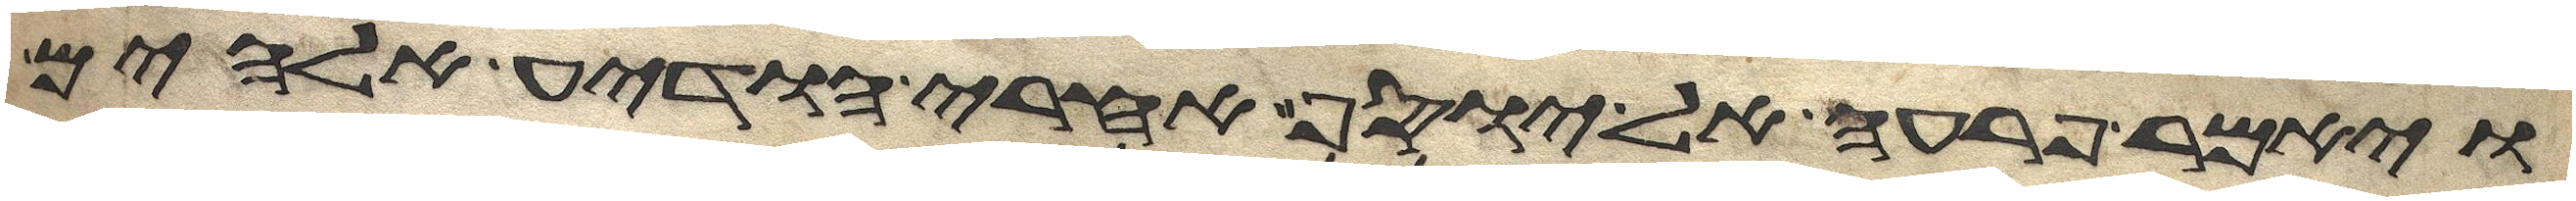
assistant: ויאמר פרעה אל יוסף אחרי הודיע אלהים